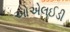
ઓએલઈડી